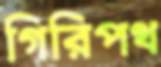
গিরিপথ